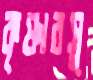
কৃষ্ণাবসু